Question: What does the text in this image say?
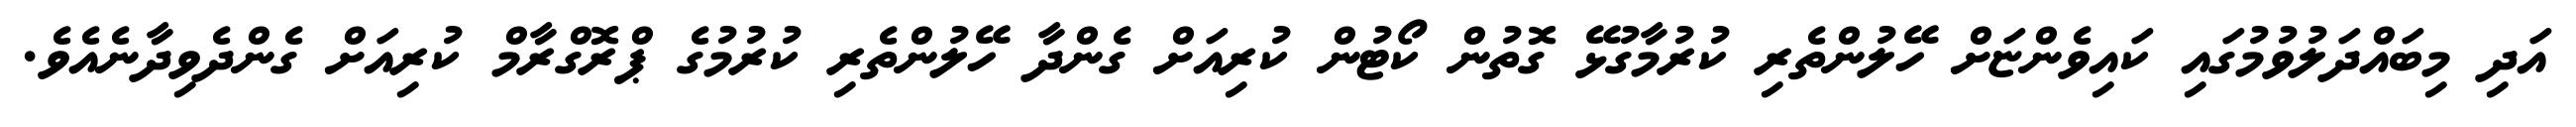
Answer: އަދި މިބައްދަލުވުމުގައި ކައިވެންޏަށް ހޭލުންތެރި ކުރުމާގުޅޭ ގޮތުން ކޯޓުން ކުރިއަށް ގެންދާ ހޭލުންތެރި ކުރުމުގެ ޕްރޮގްރާމް ކުރިއަށް ގެންދެވިދާނެއެވެ.